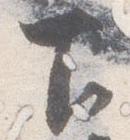
下